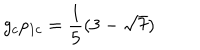
LaTeX: g _ { c } p _ { 1 c } = \frac { 1 } { 5 } ( { 3 - \sqrt { 7 } } )